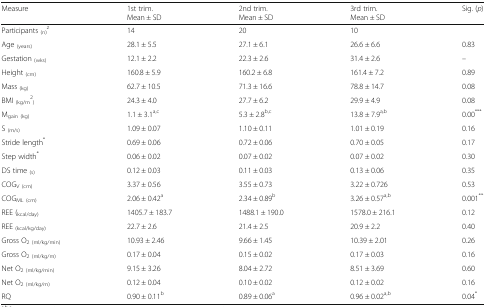
<table><thead><tr><td><b>Measure</b></td><td><b>1st trim.Mean ± SD</b></td><td><b>2nd trim.Mean ± SD</b></td><td><b>3rd trim.Mean ± SD</b></td><td><b>Sig. (<i>p</i>)</b></td></tr></thead><tbody><tr><td>Participants <sub>(n)</sub><sup>z</sup></td><td>14</td><td>20</td><td>10</td><td></td></tr><tr><td>Age <sub>(years)</sub></td><td>28.1 ± 5.5</td><td>27.1 ± 6.1</td><td>26.6 ± 6.6</td><td>0.83</td></tr><tr><td>Gestation <sub>(wks)</sub></td><td>12.1 ± 2.2</td><td>22.3 ± 2.6</td><td>31.4 ± 2.6</td><td>–</td></tr><tr><td>Height <sub>(cm)</sub></td><td>160.8 ± 5.9</td><td>160.2 ± 6.8</td><td>161.4 ± 7.2</td><td>0.89</td></tr><tr><td>Mass <sub>(kg)</sub></td><td>62.7 ± 10.5</td><td>71.3 ± 16.6</td><td>78.8 ± 14.7</td><td>0.08</td></tr><tr><td>BMI <sub>(kg/m</sub><sup>2</sup><sub>)</sub></td><td>24.3 ± 4.0</td><td>27.7 ± 6.2</td><td>29.9 ± 4.9</td><td>0.08</td></tr><tr><td>M<sub>gain (kg)</sub></td><td>1.1 ± 3.1<sup>a,c</sup></td><td>5.3 ± 2.8<sup>b,c</sup></td><td>13.8 ± 7.9<sup>a,b</sup></td><td>0.00<sup>***</sup></td></tr><tr><td>S <sub>(m/s)</sub></td><td>1.09 ± 0.07</td><td>1.10 ± 0.11</td><td>1.01 ± 0.19</td><td>0.16</td></tr><tr><td>Stride length<sup>*</sup></td><td>0.69 ± 0.06</td><td>0.72 ± 0.06</td><td>0.70 ± 0.05</td><td>0.17</td></tr><tr><td>Step width<sup>*</sup></td><td>0.06 ± 0.02</td><td>0.07 ± 0.02</td><td>0.07 ± 0.02</td><td>0.30</td></tr><tr><td>DS time <sub>(s)</sub></td><td>0.12 ± 0.03</td><td>0.11 ± 0.03</td><td>0.13 ± 0.06</td><td>0.35</td></tr><tr><td>COG<sub>V (cm)</sub></td><td>3.37 ± 0.56</td><td>3.55 ± 0.73</td><td>3.22 ± 0.726</td><td>0.53</td></tr><tr><td>COG<sub>ML (cm)</sub></td><td>2.06 ± 0.42<sup>a</sup></td><td>2.34 ± 0.89<sup>b</sup></td><td>3.26 ± 0.57<sup>a,b</sup></td><td>0.001<sup>**</sup></td></tr><tr><td>REE (<sub>kcal/day)</sub></td><td>1405.7 ± 183.7</td><td>1488.1 ± 190.0</td><td>1578.0 ± 216.1</td><td>0.12</td></tr><tr><td>REE <sub>(kcal/kg/day)</sub></td><td>22.7 ± 2.6</td><td>21.4 ± 2.5</td><td>20.9 ± 2.2</td><td>0.40</td></tr><tr><td>Gross O<sub>2 (ml/kg/min)</sub></td><td>10.93 ± 2.46</td><td>9.66 ± 1.45</td><td>10.39 ± 2.01</td><td>0.26</td></tr><tr><td>Gross O<sub>2 (ml/kg/m)</sub></td><td>0.17 ± 0.04</td><td>0.15 ± 0.02</td><td>0.17 ± 0.03</td><td>0.16</td></tr><tr><td>Net O<sub>2 (ml/kg/min)</sub></td><td>9.15 ± 3.26</td><td>8.04 ± 2.72</td><td>8.51 ± 3.69</td><td>0.60</td></tr><tr><td>Net O<sub>2 (ml/kg/m)</sub></td><td>0.12 ± 0.04</td><td>0.10 ± 0.02</td><td>0.12 ± 0.02</td><td>0.16</td></tr><tr><td>RQ</td><td>0.90 ± 0.11<sup>b</sup></td><td>0.89 ± 0.06<sup>a</sup></td><td>0.96 ± 0.02<sup>a,b</sup></td><td>0.04<sup>*</sup></td></tr></tbody></table>